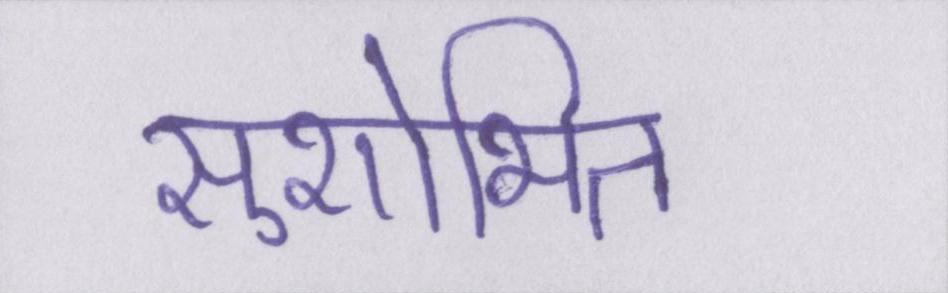
सुशोभित